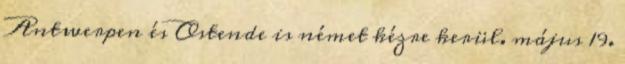
Antwerpen és Ostende is német kézre kerül. május 19.